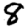
Digit: 8